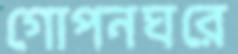
গোপনঘরে